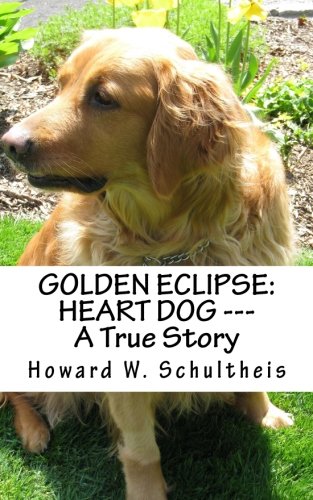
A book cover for Golden Eclipse: Heart Dog --- A True Story; Howard Schultheis; Crafts, Hobbies & Home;